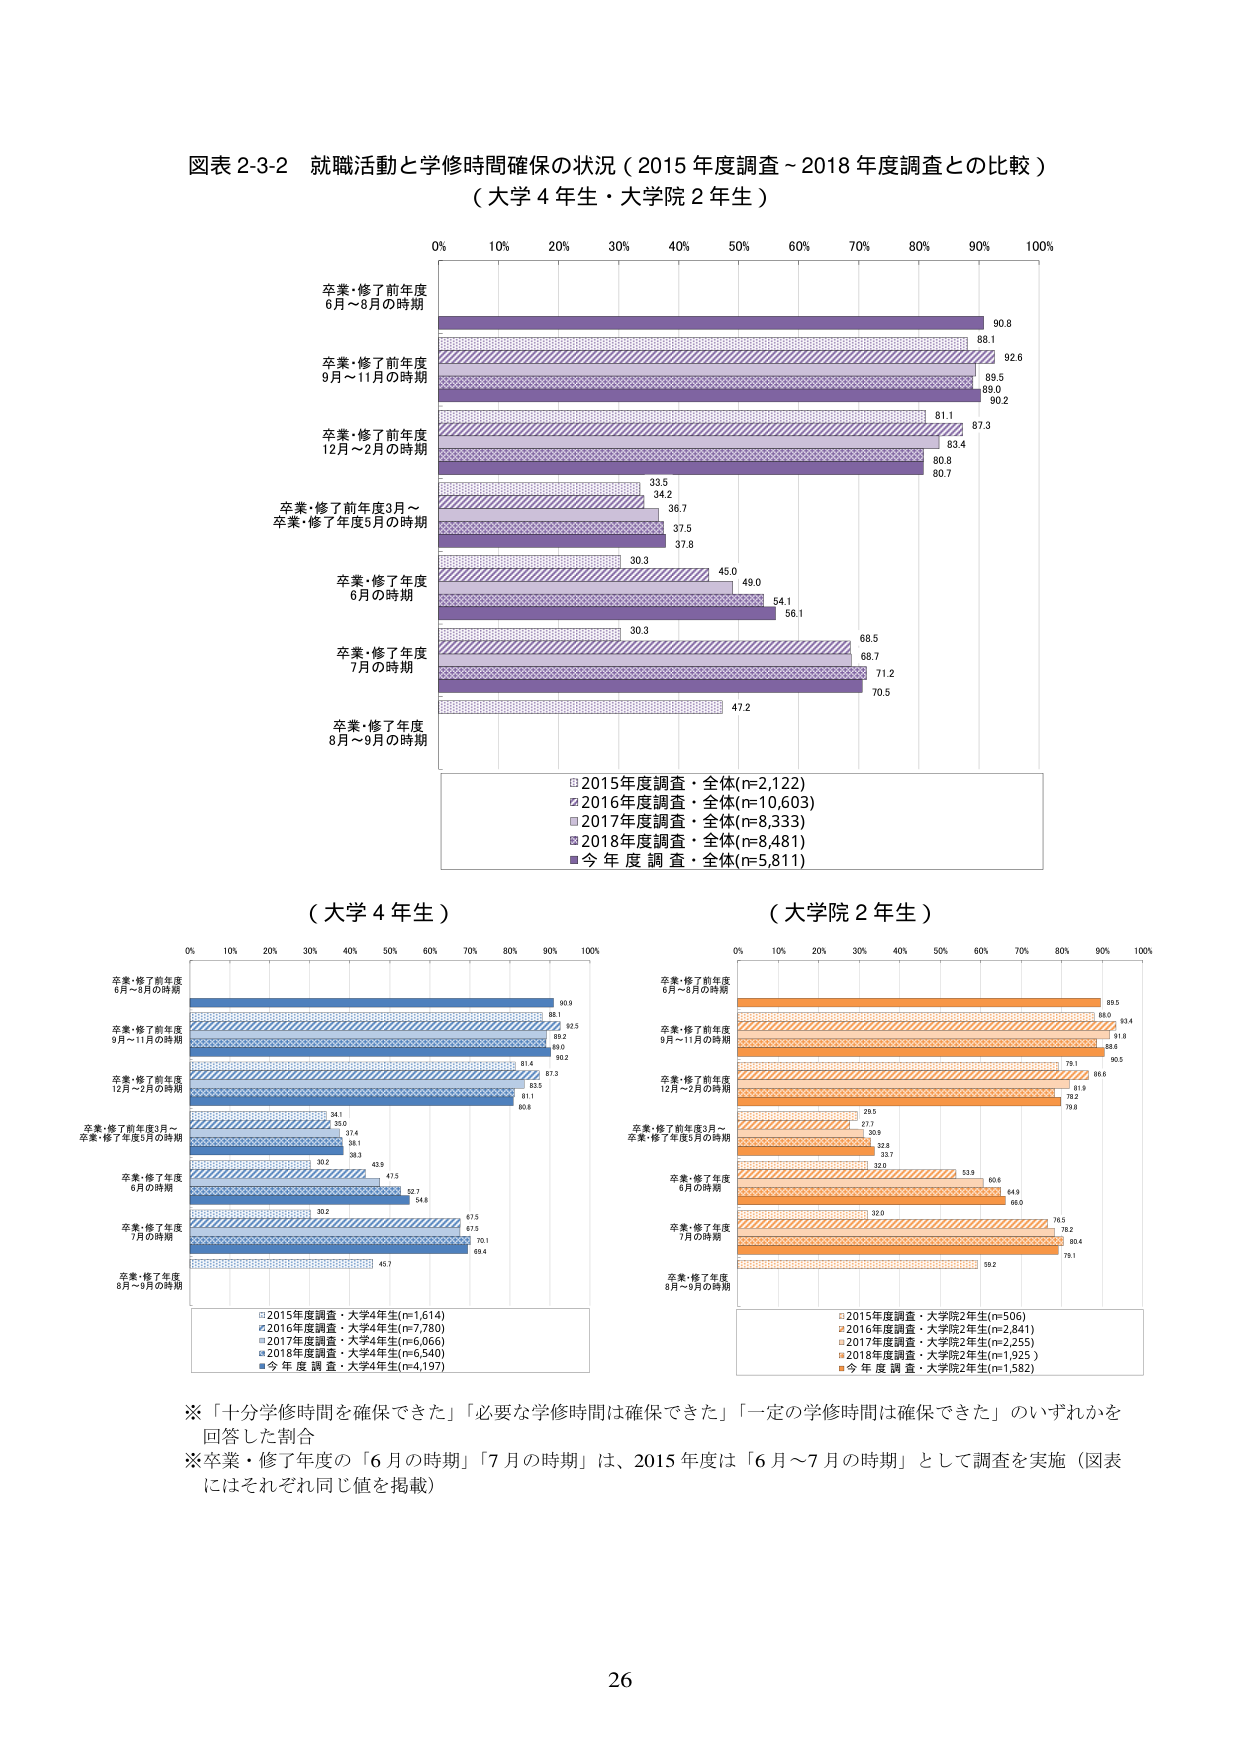
図表 2-3-2 就職活動と学修時間確保の状況（2015年度調査～2018年度調査との比較）
（大学4年生・大学院2年生）

0% 10% 20% 30% 40% 50% 60% 70% 80% 90% 100%

卒業・修了前年度
6月～8月の時期
90.8
88.1

卒業・修了前年度
9月～11月の時期
92.6
89.5
89.0
90.2

卒業・修了前年度
12月～2月の時期
87.3
81.1
83.4
80.8
80.7

卒業・修了前年度3月～
卒業・修了年度5月の時期
33.5
34.2
36.7
37.5
37.8

卒業・修了年度
6月の時期
30.3
45.0
49.0
54.1
56.1

卒業・修了年度
7月の時期
68.5
68.7
71.2
70.5

卒業・修了年度
8月～9月の時期
47.2

□ 2015年度調査・全体(n=2,122)
■ 2016年度調査・全体(n=10,603)
□ 2017年度調査・全体(n=8,333)
■ 2018年度調査・全体(n=8,481)
■ 今年度調査・全体(n=5,811)

（大学4年生）
0% 10% 20% 30% 40% 50% 60% 70% 80% 90% 100%

卒業・修了前年度
6月～8月の時期
90.9
88.1

卒業・修了前年度
9月～11月の時期
92.5
90.2
90.0
90.2

卒業・修了前年度
12月～2月の時期
81.4
87.3
83.5
80.8

卒業・修了前年度3月～
卒業・修了年度5月の時期
34.1
33.0
37.4
38.1
30.2
38.3
43.8

卒業・修了年度
6月の時期
30.2
47.5
52.7
54.8

卒業・修了年度
7月の時期
67.5
67.5
70.1
69.4

卒業・修了年度
8月～9月の時期
45.7

□ 2015年度調査・大学4年生(n=1,614)
■ 2016年度調査・大学4年生(n=7,780)
□ 2017年度調査・大学4年生(n=6,066)
■ 2018年度調査・大学4年生(n=5,540)
■ 今年度調査・大学4年生(n=4,197)

（大学院2年生）
0% 10% 20% 30% 40% 50% 60% 70% 80% 90% 100%

卒業・修了前年度
6月～8月の時期
89.5
88.0
83.4
81.8

卒業・修了前年度
9月～11月の時期
90.5
88.6

卒業・修了前年度
12月～2月の時期
79.1
86.6
81.9
78.2
79.8

卒業・修了前年度3月～
卒業・修了年度5月の時期
29.5
27.3
30.9
32.8
33.7
32.0

卒業・修了年度
6月の時期
53.9
60.4
64.9
66.0

卒業・修了年度
7月の時期
76.5
76.2
80.4
79.1

卒業・修了年度
8月～9月の時期
59.2

□ 2015年度調査・大学院2年生(n=506)
■ 2016年度調査・大学院2年生(n=2,841)
□ 2017年度調査・大学院2年生(n=2,255)
■ 2018年度調査・大学院2年生(n=1,925)
■ 今年度調査・大学院2年生(n=1,582)

※「十分学修時間を確保できた」「必要な学修時間は確保できた」「一定の学修時間は確保できた」のいずれかを回答した割合
※卒業・修了年度の「6月の時期」「7月の時期」は、2015年度は「6月～7月の時期」として調査を実施（図表にはそれぞれ同じ値を掲載）

26